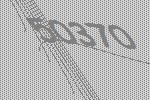
50370